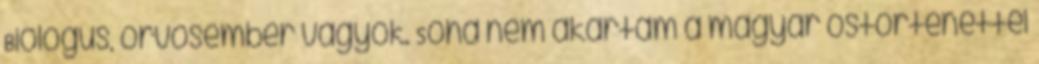
Biológus, orvosember vagyok. Soha nem akartam a magyar őstörténettel